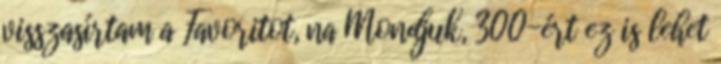
visszasírtam a Favoritot, na Mondjuk, 300-ért ez is lehet